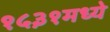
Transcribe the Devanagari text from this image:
१५३१मध्ये